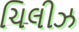
ચિલીઝ